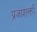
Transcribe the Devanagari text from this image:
प्रजाशक्ती